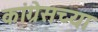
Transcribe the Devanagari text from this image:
कांग्रेसच्या